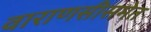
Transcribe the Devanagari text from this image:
वाराणसीसमेत